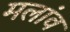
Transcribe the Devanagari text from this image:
मलांव